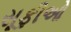
સૂફીઓ